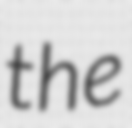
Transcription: the